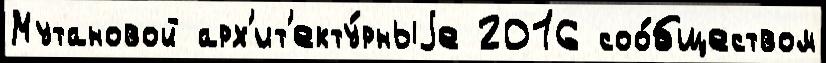
Мутановой арх'ит'екту́рныjе 2016 соо́бществом